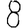
Digit: 8